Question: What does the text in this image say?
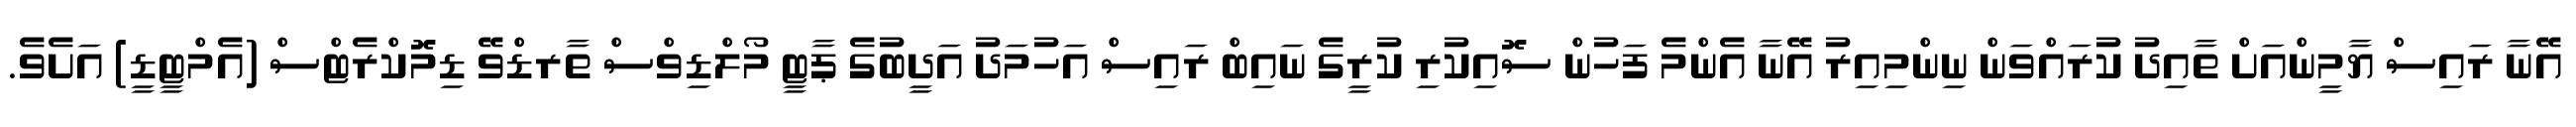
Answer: އޭނާ ރައިސް ޔާމީންއަށް ތާއިދު ކުރައްވަން ނިންމިއިރު އޭނާ އެންމެ ފަހުން ސޮއިކުރި ކުރީގެ ނައިބް ރައިސް އަހުމަދު އަދީބުގެ ޕާޓީ މޯލްޑިވްސް ތާރޑްވޭ ޑިމޮކްރެޓްސް (އެމްޓީޑީ) އަށެވެ.